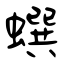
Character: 蟤